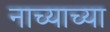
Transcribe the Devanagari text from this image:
नाच्याच्या